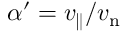
\alpha ^ { \prime } = v _ { \parallel } / v _ { \mathrm { n } }